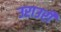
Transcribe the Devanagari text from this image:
उराउरी